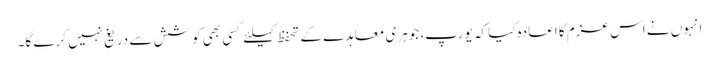
انہوں نے اس عزم کا اعادہ کیا کہ یورپ، جوہری معاہدے کے تحفظ کیلئے کسی بھی کوشش سے دریغ نہیں کرے گا۔